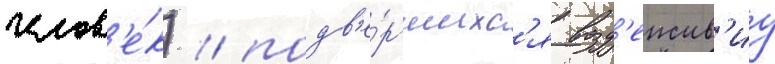
челов'е́к) / подв'е́ргшихс'я возд'еиств'иу